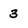
Character: 3